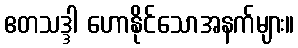
ဧတသဒ္ဒါ ဟောနိုင်သောအနက်များ။